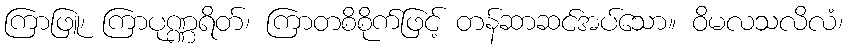
ကြာဖြူ၊ ကြာပုဏ္ဏရိတ်၊ ကြာတစိစိုက်ဖြင့် တန်ဆာဆင်အပ်သော။ ဝိမလသလိလံ၊